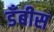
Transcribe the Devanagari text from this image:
डँबीस